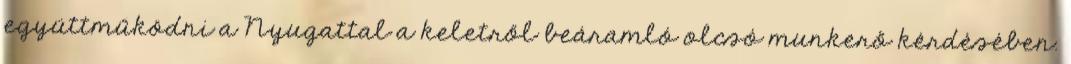
együttműködni a Nyugattal a keletről beáramló olcsó munkerő kérdésében.